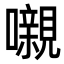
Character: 嚫